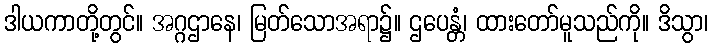
ဒါယကာတို့တွင်။ အဂ္ဂဌာနေ၊ မြတ်သောအရာ၌။ ဌပေန္တံ၊ ထားတော်မူသည်ကို။ ဒိသွာ၊